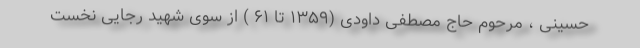
حسینی ، مرحوم حاج مصطفی داودی (۱۳۵۹ تا ۶۱ ) از سوی شهید رجایی نخست